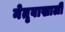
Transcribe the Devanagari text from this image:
नेतृवाखाली